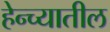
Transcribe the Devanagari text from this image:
हेन्च्यातील